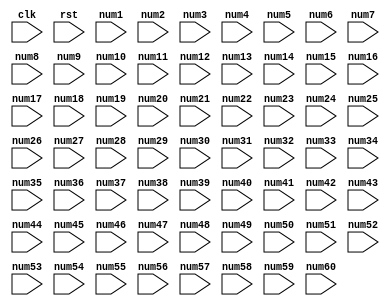
module top
(
  input clk,
  input rst,
  input [4:0] num1,
  input [4:0] num2,
  input [4:0] num3,
  input [4:0] num4,
  input [4:0] num5,
  input [4:0] num6,
  input [4:0] num7,
  input [4:0] num8,
  input [4:0] num9,
  input [4:0] num10,
  input [4:0] num11,
  input [4:0] num12,
  input [4:0] num13,
  input [4:0] num14,
  input [4:0] num15,
  input [4:0] num16,
  input [4:0] num17,
  input [4:0] num18,
  input [4:0] num19,
  input [4:0] num20,
  input [4:0] num21,
  input [4:0] num22,
  input [4:0] num23,
  input [4:0] num24,
  input [4:0] num25,
  input [4:0] num26,
  input [4:0] num27,
  input [4:0] num28,
  input [4:0] num29,
  input [4:0] num30,
  input [4:0] num31,
  input [4:0] num32,
  input [4:0] num33,
  input [4:0] num34,
  input [4:0] num35,
  input [4:0] num36,
  input [4:0] num37,
  input [4:0] num38,
  input [4:0] num39,
  input [4:0] num40,
  input [4:0] num41,
  input [4:0] num42,
  input [4:0] num43,
  input [4:0] num44,
  input [4:0] num45,
  input [4:0] num46,
  input [4:0] num47,
  input [4:0] num48,
  input [4:0] num49,
  input [4:0] num50,
  input [4:0] num51,
  input [4:0] num52,
  input [4:0] num53,
  input [4:0] num54,
  input [4:0] num55,
  input [4:0] num56,
  input [4:0] num57,
  input [4:0] num58,
  input [4:0] num59,
  input [4:0] num60
);

  reg [9:0] res1;
  reg [9:0] res1Nxt;
  reg [9:0] res2;
  reg [9:0] res2Nxt;
  reg [9:0] res3;
  reg [9:0] res3Nxt;
  reg [9:0] res4;
  reg [9:0] res4Nxt;
  reg [9:0] res5;
  reg [9:0] res5Nxt;
  reg [9:0] res6;
  reg [9:0] res6Nxt;
  reg [9:0] res7;
  reg [9:0] res7Nxt;
  reg [9:0] res8;
  reg [9:0] res8Nxt;
  reg [9:0] res9;
  reg [9:0] res9Nxt;
  wire [9:0] out1;
  wire [9:0] out2;
  wire [9:0] out3;
  wire [9:0] out4;
  wire [9:0] out5;
  wire [9:0] out6;
  wire [9:0] out7;
  wire [9:0] out8;
  wire [9:0] out9;
  reg [9:0] in1;
  reg [9:0] in2;
  reg [9:0] in3;
  reg [9:0] in4;
  reg [9:0] in5;
  reg [9:0] in6;
  reg [9:0] in7;
  reg [9:0] in8;
  reg [9:0] in9;
  reg [9:0] in10;
  reg [9:0] in11;
  reg [9:0] in12;
  reg [9:0] in13;
  reg [9:0] in14;
  reg [9:0] in15;
  reg [9:0] in16;
  reg [9:0] in17;
  reg [9:0] in18;
  reg [4:0] counter;
  reg [4:0] counterNxt;
  assign out1 = in1 + in2;
  assign out2 = in3 + in4;
  assign out3 = in5 + in6;
  assign out4 = in7 + in8;
  assign out5 = in9 + in10;
  assign out6 = in11 + in12;
  assign out7 = in13 + in14;
  assign out8 = in15 + in16;
  assign out9 = in17 + in18;

  always @(posedge clk) begin
    counter <= counterNxt;
    res1 <= res1Nxt;
    res2 <= res2Nxt;
    res3 <= res3Nxt;
    res4 <= res4Nxt;
    res5 <= res5Nxt;
    res6 <= res6Nxt;
    res7 <= res7Nxt;
    res8 <= res8Nxt;
    res9 <= res9Nxt;
  end


  always @(*) begin
    res1Nxt = res1;
    res2Nxt = res2;
    res3Nxt = res3;
    res4Nxt = res4;
    res5Nxt = res5;
    res6Nxt = res6;
    res7Nxt = res7;
    res8Nxt = res8;
    res9Nxt = res9;
    counter = counter + 1;
    if(rst) begin
      res1Nxt = 0;
      res2Nxt = 0;
      res3Nxt = 0;
      res4Nxt = 0;
      res5Nxt = 0;
      res6Nxt = 0;
      res7Nxt = 0;
      res8Nxt = 0;
      res9Nxt = 0;
      counterNxt = 0;
    end else begin
      case(counter)
        0: begin
          in1 = num1;
          in2 = num2;
          in3 = num3;
          in4 = num4;
          in5 = num5;
          in6 = num6;
          in7 = num7;
          in8 = num8;
          in9 = num9;
          in10 = num10;
          in11 = num11;
          in12 = num12;
          in13 = num13;
          in14 = num14;
          in15 = num15;
          in16 = num16;
          in17 = num17;
          in18 = num18;
          resNxt1 = out1;
          resNxt2 = out2;
          resNxt3 = out3;
          resNxt4 = out4;
          resNxt5 = out5;
          resNxt6 = out6;
          resNxt7 = out7;
          resNxt8 = out8;
          resNxt9 = out9;
        end
        1: begin
          in1 = res1;
          in2 = num19;
          in3 = res2;
          in4 = num20;
          in5 = res3;
          in6 = num21;
          in7 = res4;
          in8 = num22;
          in9 = res5;
          in10 = num23;
          in11 = res6;
          in12 = num24;
          in13 = res7;
          in14 = num25;
          in15 = res8;
          in16 = num26;
          in17 = res9;
          in18 = num27;
          resNxt1 = out1;
          resNxt2 = out2;
          resNxt3 = out3;
          resNxt4 = out4;
          resNxt5 = out5;
          resNxt6 = out6;
          resNxt7 = out7;
          resNxt8 = out8;
          resNxt9 = out9;
        end
        2: begin
          in1 = res1;
          in2 = num28;
          in3 = res2;
          in4 = num29;
          in5 = res3;
          in6 = num30;
          in7 = res4;
          in8 = num31;
          in9 = res5;
          in10 = num32;
          in11 = res6;
          in12 = num33;
          in13 = res7;
          in14 = num34;
          in15 = res8;
          in16 = num35;
          in17 = res9;
          in18 = num36;
          resNxt1 = out1;
          resNxt2 = out2;
          resNxt3 = out3;
          resNxt4 = out4;
          resNxt5 = out5;
          resNxt6 = out6;
          resNxt7 = out7;
          resNxt8 = out8;
          resNxt9 = out9;
        end
        3: begin
          in1 = res1;
          in2 = num37;
          in3 = res2;
          in4 = num38;
          in5 = res3;
          in6 = num39;
          in7 = res4;
          in8 = num40;
          in9 = res5;
          in10 = num41;
          in11 = res6;
          in12 = num42;
          in13 = res7;
          in14 = num43;
          in15 = res8;
          in16 = num44;
          in17 = res9;
          in18 = num45;
          resNxt1 = out1;
          resNxt2 = out2;
          resNxt3 = out3;
          resNxt4 = out4;
          resNxt5 = out5;
          resNxt6 = out6;
          resNxt7 = out7;
          resNxt8 = out8;
          resNxt9 = out9;
        end
        4: begin
          in1 = res1;
          in2 = num46;
          in3 = res2;
          in4 = num47;
          in5 = res3;
          in6 = num48;
          in7 = res4;
          in8 = num49;
          in9 = res5;
          in10 = num50;
          in11 = res6;
          in12 = num51;
          in13 = res7;
          in14 = num52;
          in15 = res8;
          in16 = num53;
          resNxt1 = out1;
          resNxt2 = out2;
          resNxt3 = out3;
          resNxt4 = out4;
          resNxt5 = out5;
          resNxt6 = out6;
          resNxt7 = out7;
          resNxt8 = out8;
        end
        5: begin
          in1 = res1;
          in2 = num54;
          in3 = res2;
          in4 = num55;
          in5 = res3;
          in6 = num56;
          in7 = res4;
          in8 = num57;
          in9 = res5;
          in10 = num58;
          in11 = res6;
          in12 = num59;
          in13 = res7;
          in14 = num60;
          in15 = res8;
          in16 = res9;
          resNxt1 = out1;
          resNxt2 = out2;
          resNxt3 = out3;
          resNxt4 = out4;
          resNxt5 = out5;
          resNxt6 = out6;
          resNxt7 = out7;
          resNxt8 = out8;
        end
        6: begin
          in1 = res1;
          in2 = res2;
          in3 = res3;
          in4 = res4;
          in5 = res5;
          in6 = res6;
          in7 = res7;
          in8 = res8;
          resNxt1 = out1;
          resNxt2 = out2;
          resNxt3 = out3;
          resNxt4 = out4;
        end
        7: begin
          in1 = res1;
          in2 = res2;
          in3 = res3;
          in4 = res4;
          resNxt1 = out1;
          resNxt2 = out2;
        end
        8: begin
          in1 = res1;
          in2 = res2;
          resNxt1 = out1;
        end
      endcase
    end
  end


endmodule